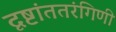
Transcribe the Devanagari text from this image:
दृष्टांततरंगिणी